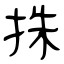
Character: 㧣